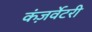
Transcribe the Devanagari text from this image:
कंज़र्वेटरी